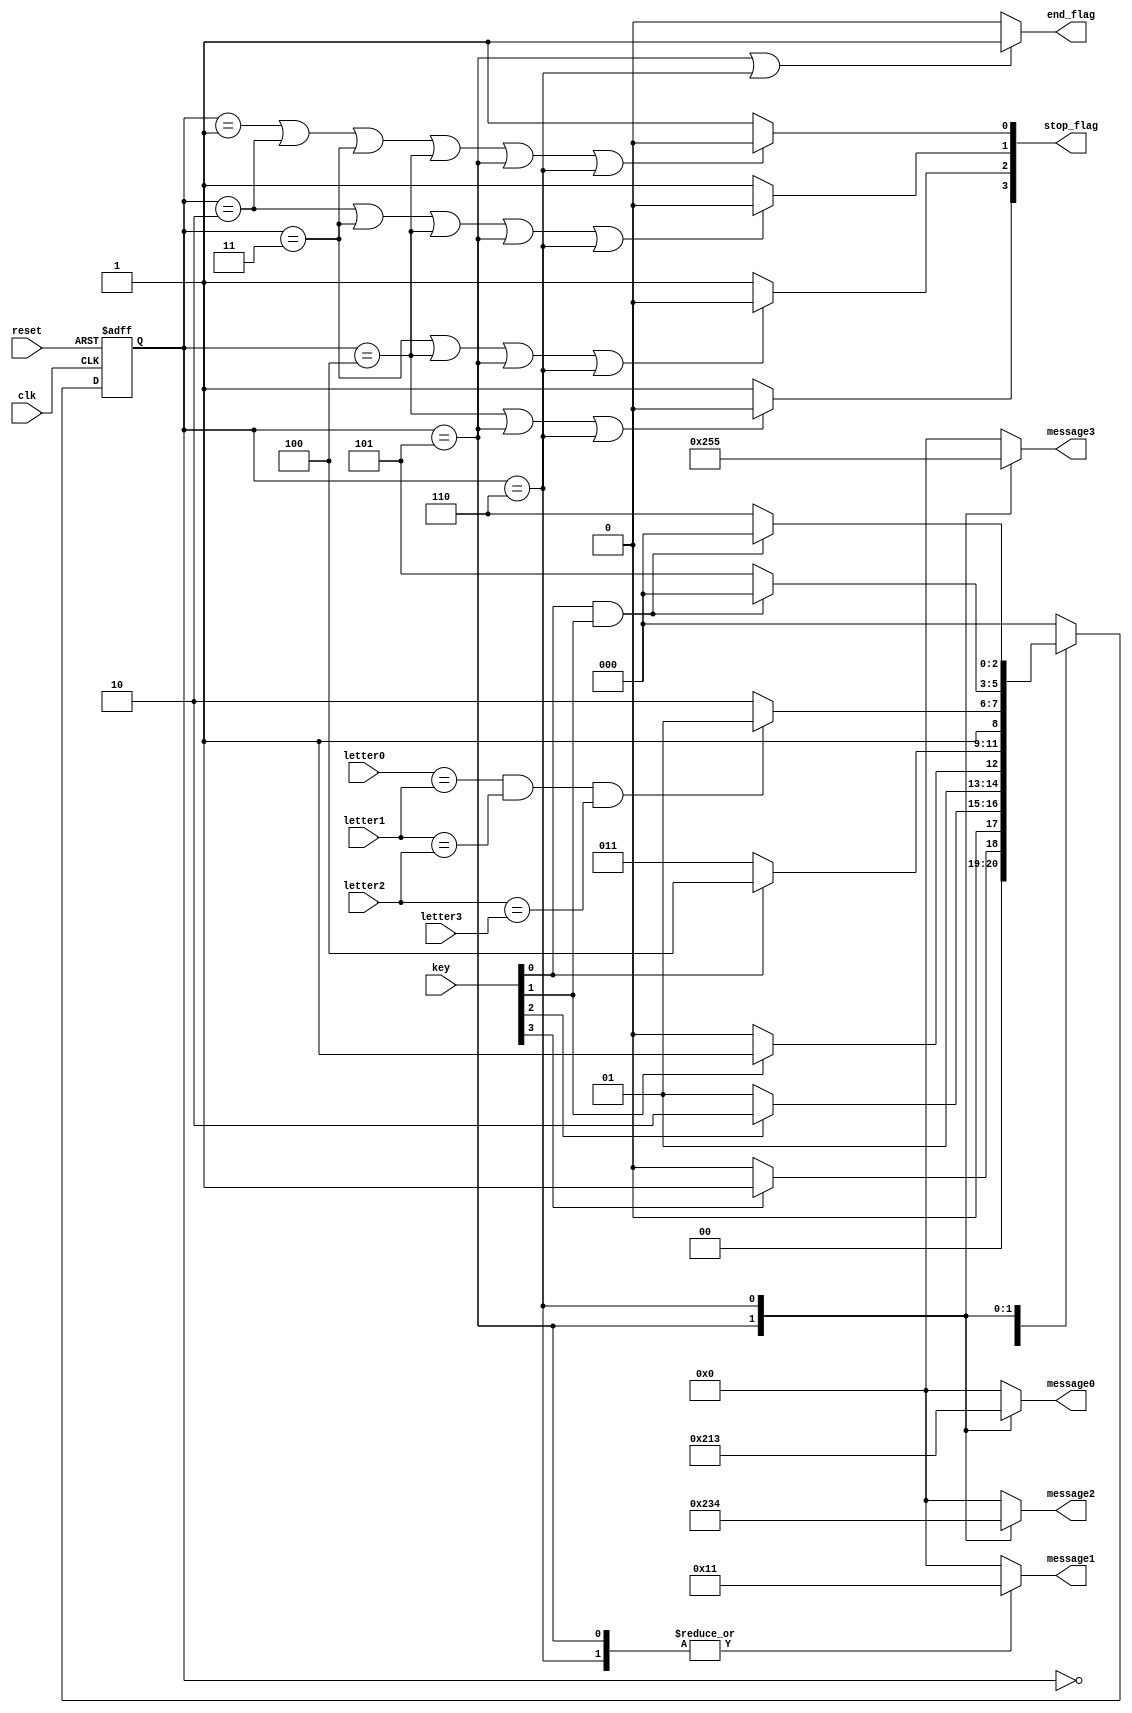
module fsm
# (
	parameter en_width = 8
)

(
	input       clk,
	input       reset,
	input [3:0] key,
	input [3:0] letter0,
	input [3:0] letter1,
	input [3:0] letter2,
	input [3:0] letter3,
	
	//output [2:0] state_out, // *only for testbench*
	
	output     [3:0] stop_flag,
	output reg [4:0] message0,
	output reg [4:0] message1,
	output reg [4:0] message2,
	output reg [4:0] message3,
	output           end_flag

);


parameter [2:0] S0 = 0, S1 = 1, S2 = 2, S3 = 3, S4 = 4, S5 = 5, S6 = 6;

reg[2:0] state, next_state;

// state register

always @(posedge clk, posedge reset)
	if (reset)
		state <= S0;

	else
		state <= next_state;



// next state logic

always @*
	case (state)
	
	S0: 
		if (key[3])
			next_state = S1;
		else
			next_state = S0; // @loopback
	
	S1: 
		if (key[2])
			next_state = S2;
		else
			next_state = S1; // @loopback
	
	S2: 
		if (key[1])
			next_state = S3;
		else
			next_state = S2; // @loopback
	
	S3: 
		if (key[0])
			next_state = S4;
		else
			next_state = S3; // @loopback
	
	S4: 
		if ((letter0[3:0] == letter1[3:0]) && (letter1[3:0] == letter2[3:0]) && (letter2[3:0] == letter3[3:0]))
			next_state = S5;
		else
			next_state = S6;
	
	// WIN state
	S5:
		if (key[0] & key[1])
			next_state = S0;
		else
			next_state = S5;  // @loopback
	
	// LOSE state
	S6:
		if (key[0] & key[1])
			next_state = S0;
		else
			next_state = S6;  // @loopback

	default:
		next_state = S0;
	
	endcase

	
	
// output logic

assign stop_flag[0] = (state == S1 || state == S2 || state == S3 || state == S4 || state == S5 || state == S6) ? 1'b0 : 1'b1;
assign stop_flag[1] = (state == S2 || state == S3 || state == S4 || state == S5 || state == S6)                ? 1'b0 : 1'b1;
assign stop_flag[2] = (state == S3 || state == S4 || state == S5 || state == S6)                               ? 1'b0 : 1'b1;
assign stop_flag[3] = (state == S4 || state == S5 || state == S6)                                              ? 1'b0 : 1'b1;



always @*
	case(state)
	
	S5:
		begin
		message0 = 'h10; // 'G'
		message1 = 'h11; // 'O'
		message2 = 'h11; // 'O'
		message3 = 'h12; // 'D'
		end
	
	S6:
		begin
		message0 = 'h13; // 'L'
		message1 = 'h11; // 'O'
		message2 = 'h14; // 'S'
		message3 = 'h15; // 'E'
		end
	
	default:
		begin
		message0 = 'h00;
		message1 = 'h00;
		message2 = 'h00;
		message3 = 'h00;
		end
	
	endcase
	
	
//assign state_out = state; // *only for testbench*
	
assign end_flag = (state == S5 || state == S6) ? 1'b1 : 1'b0;

endmodule